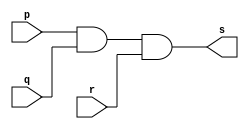
/*
 * Pontificia Universidade Catlica de Minas Gerais
 * Instituto de Cincias Exatas e Infandmtica
 * Arquitetura de Computadandes - Exemplo0013
 * Belo Horizonte 26 de Fevereiro de 2013
 * Aluna: Izabela Caldeira Borges
 */ 
 
 
 // ----------------
 // -- and gate
 // ----------------
 
 module andgate (output s, input p, input q, input r);
 assign s = p & q & r; // criar vnculo permanente
 					// dependncia
 endmodule 		// andgate
 
 // ---------------
 // -- test and gate
 // ---------------
 
 module testandgate;
 // --------------- dados locais
 
 reg a, b, c;			// definir registradand
 					// varivel independente
 wire s;			// definir conexo (fio)
					// varivel dependente
 
 // --------------- instncia
 	andgate AND1 (s, a, b, c);
 // --------------- preparao
 	initial begin:start
	
		a = 0;	b = 0;	c = 0;	
	end
	
 // --------------- parte principal
 	initial begin:main
		$display("Exemplo 0013 - Izabela Caldeira Borges - 463243");
		$display("Test AND gate");
		$display("\n(a & b & c)) = s\n");
			$monitor("%b & %b & %b = %b", a, b, c, s);
	#1 	a = 0; 	b = 0; 	c = 0;
	#1 	a = 0; 	b = 0; 	c = 1;     
	#1 	a = 0; 	b = 1; 	c = 0;
	#1 	a = 0; 	b = 1; 	c = 1;  
	#1 	a = 1; 	b = 0; 	c = 0;
	#1 	a = 1; 	b = 0; 	c = 1;  
	#1 	a = 1; 	b = 1; 	c = 0;
	#1 	a = 1; 	b = 1; 	c = 1; 
					
	end
	
 endmodule // testandgate